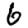
Digit: 6